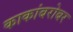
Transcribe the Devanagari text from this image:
काकांबरोबर